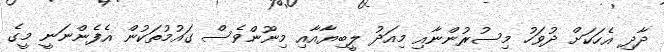
ދާދި އެހަކަށް ދުވަހު މިސުރުންނާއި މިއަދު ލީބިޔާއާއި މިނޫންވެސް ގައުމުތަކުން އެފެންނަނީ މީގެ